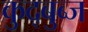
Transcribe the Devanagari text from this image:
कुद्बुब्ज